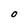
Character: O